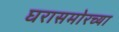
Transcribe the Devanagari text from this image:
घरासमोरच्या